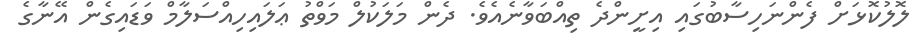
ލޮލުކޮޅަށް ފެންނަހިސާބުގައި އިށީންދެ ތިއްބަވާނެއެވެ. ދެން މަލަކުލް މަވްތު ޢަލައިހިއްސަލާމް ވަޑައިގެން އޭނާގެ